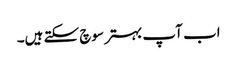
اب آپ بہتر سوچ سکتے ہیں۔